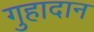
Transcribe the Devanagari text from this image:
गुहादान